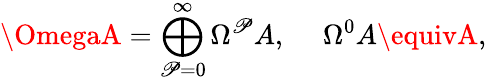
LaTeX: \OmegaA=\bigoplus_{\mathscr{P}=0}^{\infty}\Omega^{\mathscr{P}}A,\ \ \ \ \ \Omega^{0}A\equivA,